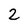
Character: 2